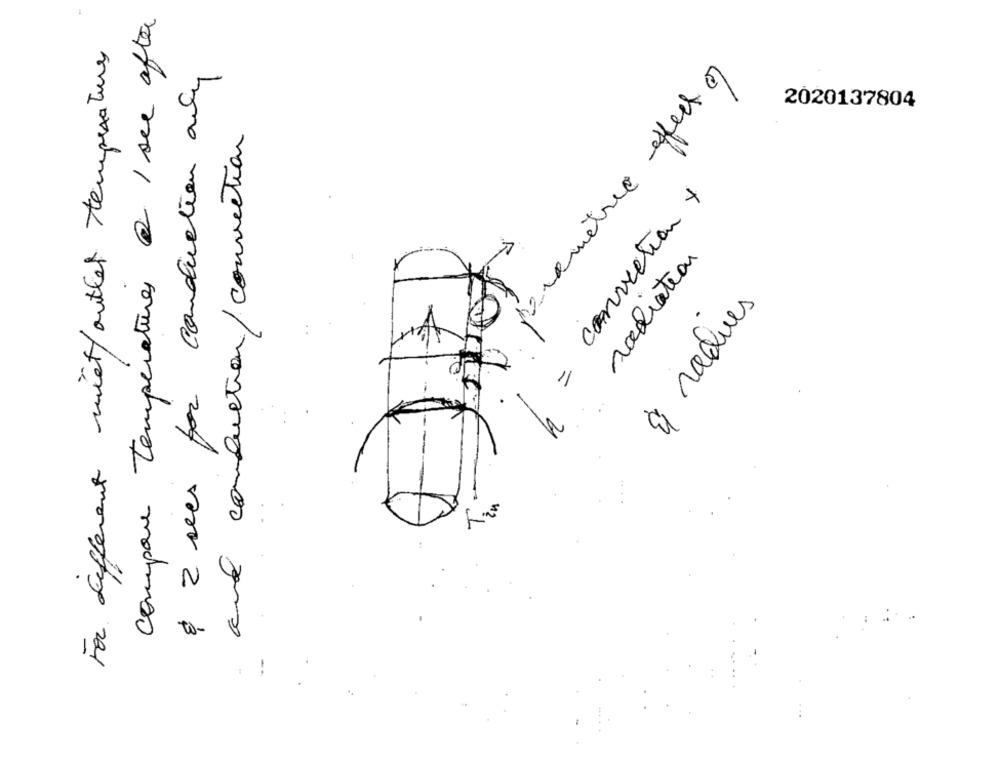
compare temperatures @ 1 sec after
For different miet/outlet temperatures
$ 2 secs por conduction only
prometric effect of
2020137804
and conduction/ connection
= convection +
radiation
à reQues